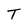
Character: T